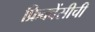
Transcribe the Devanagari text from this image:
फ्रिक्वेंसीची